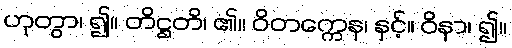
ဟုတွာ၊ ၍။ တိဋ္ဌတိ၊ ၏။ ဝိတက္ကေန၊ နှင့်။ ဝိနာ၊ ၍။